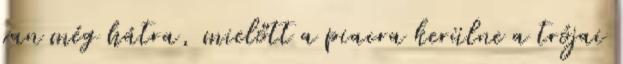
van még hátra, mielőtt a piacra kerülne a trójai